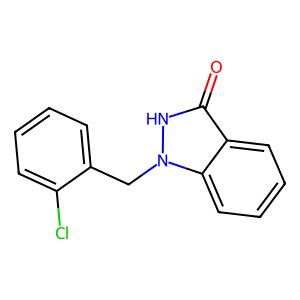
SMILES: O=c1[nH]n(Cc2ccccc2Cl)c2ccccc12
Inhibits HIV replication: No